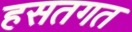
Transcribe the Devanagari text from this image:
हसतगत